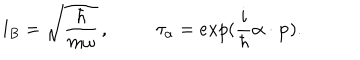
l _ { B } = \sqrt { { \frac { \hbar } { m \omega } } } \, , \tau _ { \bf \alpha } = e x p ( { \frac { i } { \hbar } } { \bf \alpha } \cdot { \bf p } ) .